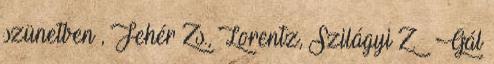
szünetben , Fehér Zs., Lorentz, Szilágyi Z. – Gál